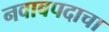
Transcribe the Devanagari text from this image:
नवाबपदाचा